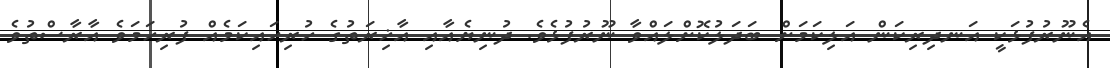
އެނޫރުފުޅަކީ އަނދިރިކަން އަލިކަމަށް ބަދަލުކޮށްލައްވާ ނޫރުފުޅެވެ. ދުނިޔެއާއި އާޚިރަތުގެ ހުރިހައިކަމެއް ފުރިހަމަވެ އާރާސްތުވެ